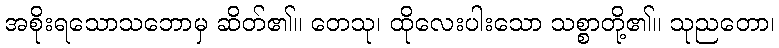
အစိုးရသောသဘောမှ ဆိတ်၏။ တေသု၊ ထိုလေးပါးသော သစ္စာတို့၏။ သုညတော၊